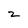
Character: 2